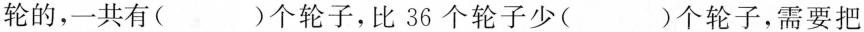
轮的，一共有( )个轮子，比36个轮子少( )个轮子，需要把